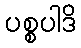
ပစ္စပါဒိ